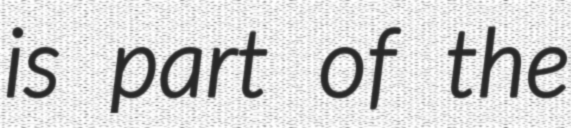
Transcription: is part of the